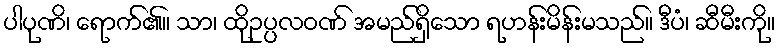
ပါပုဏိ၊ ရောက်၏။ သာ၊ ထိုဥပ္ပလဝဏ် အမည်ရှိသော ရဟန်းမိန်းမသည်။ ဒီပံ၊ ဆီမီးကို။